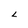
Character: L